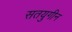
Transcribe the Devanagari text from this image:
सतयुगीन